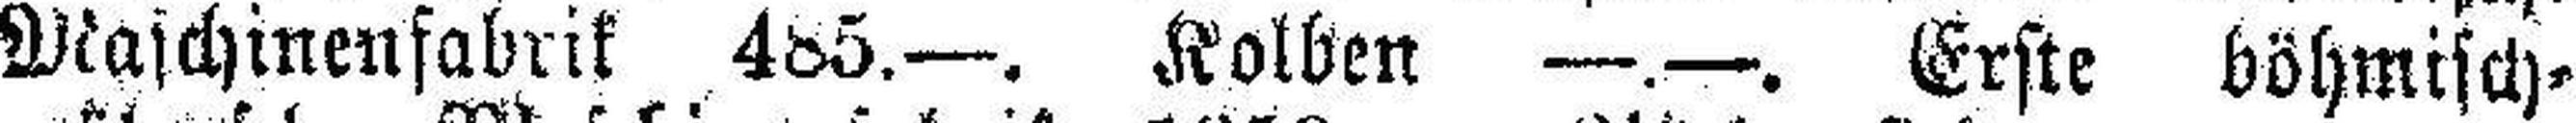
Waschinenfabrik 485.—. Kolben —.—. Erste böhmisch¬